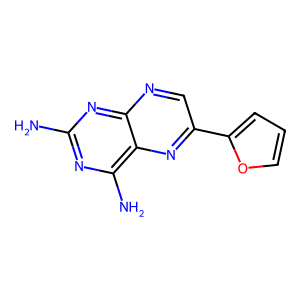
SMILES: Nc1nc(N)c2nc(-c3ccco3)cnc2n1
Inhibits HIV replication: No